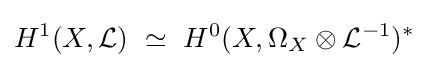
H^{1}(X,{\mathcal {L}})\ \simeq \ H^{0}(X,\Omega _{X}\otimes {\mathcal {L}}^{-1})^{*}